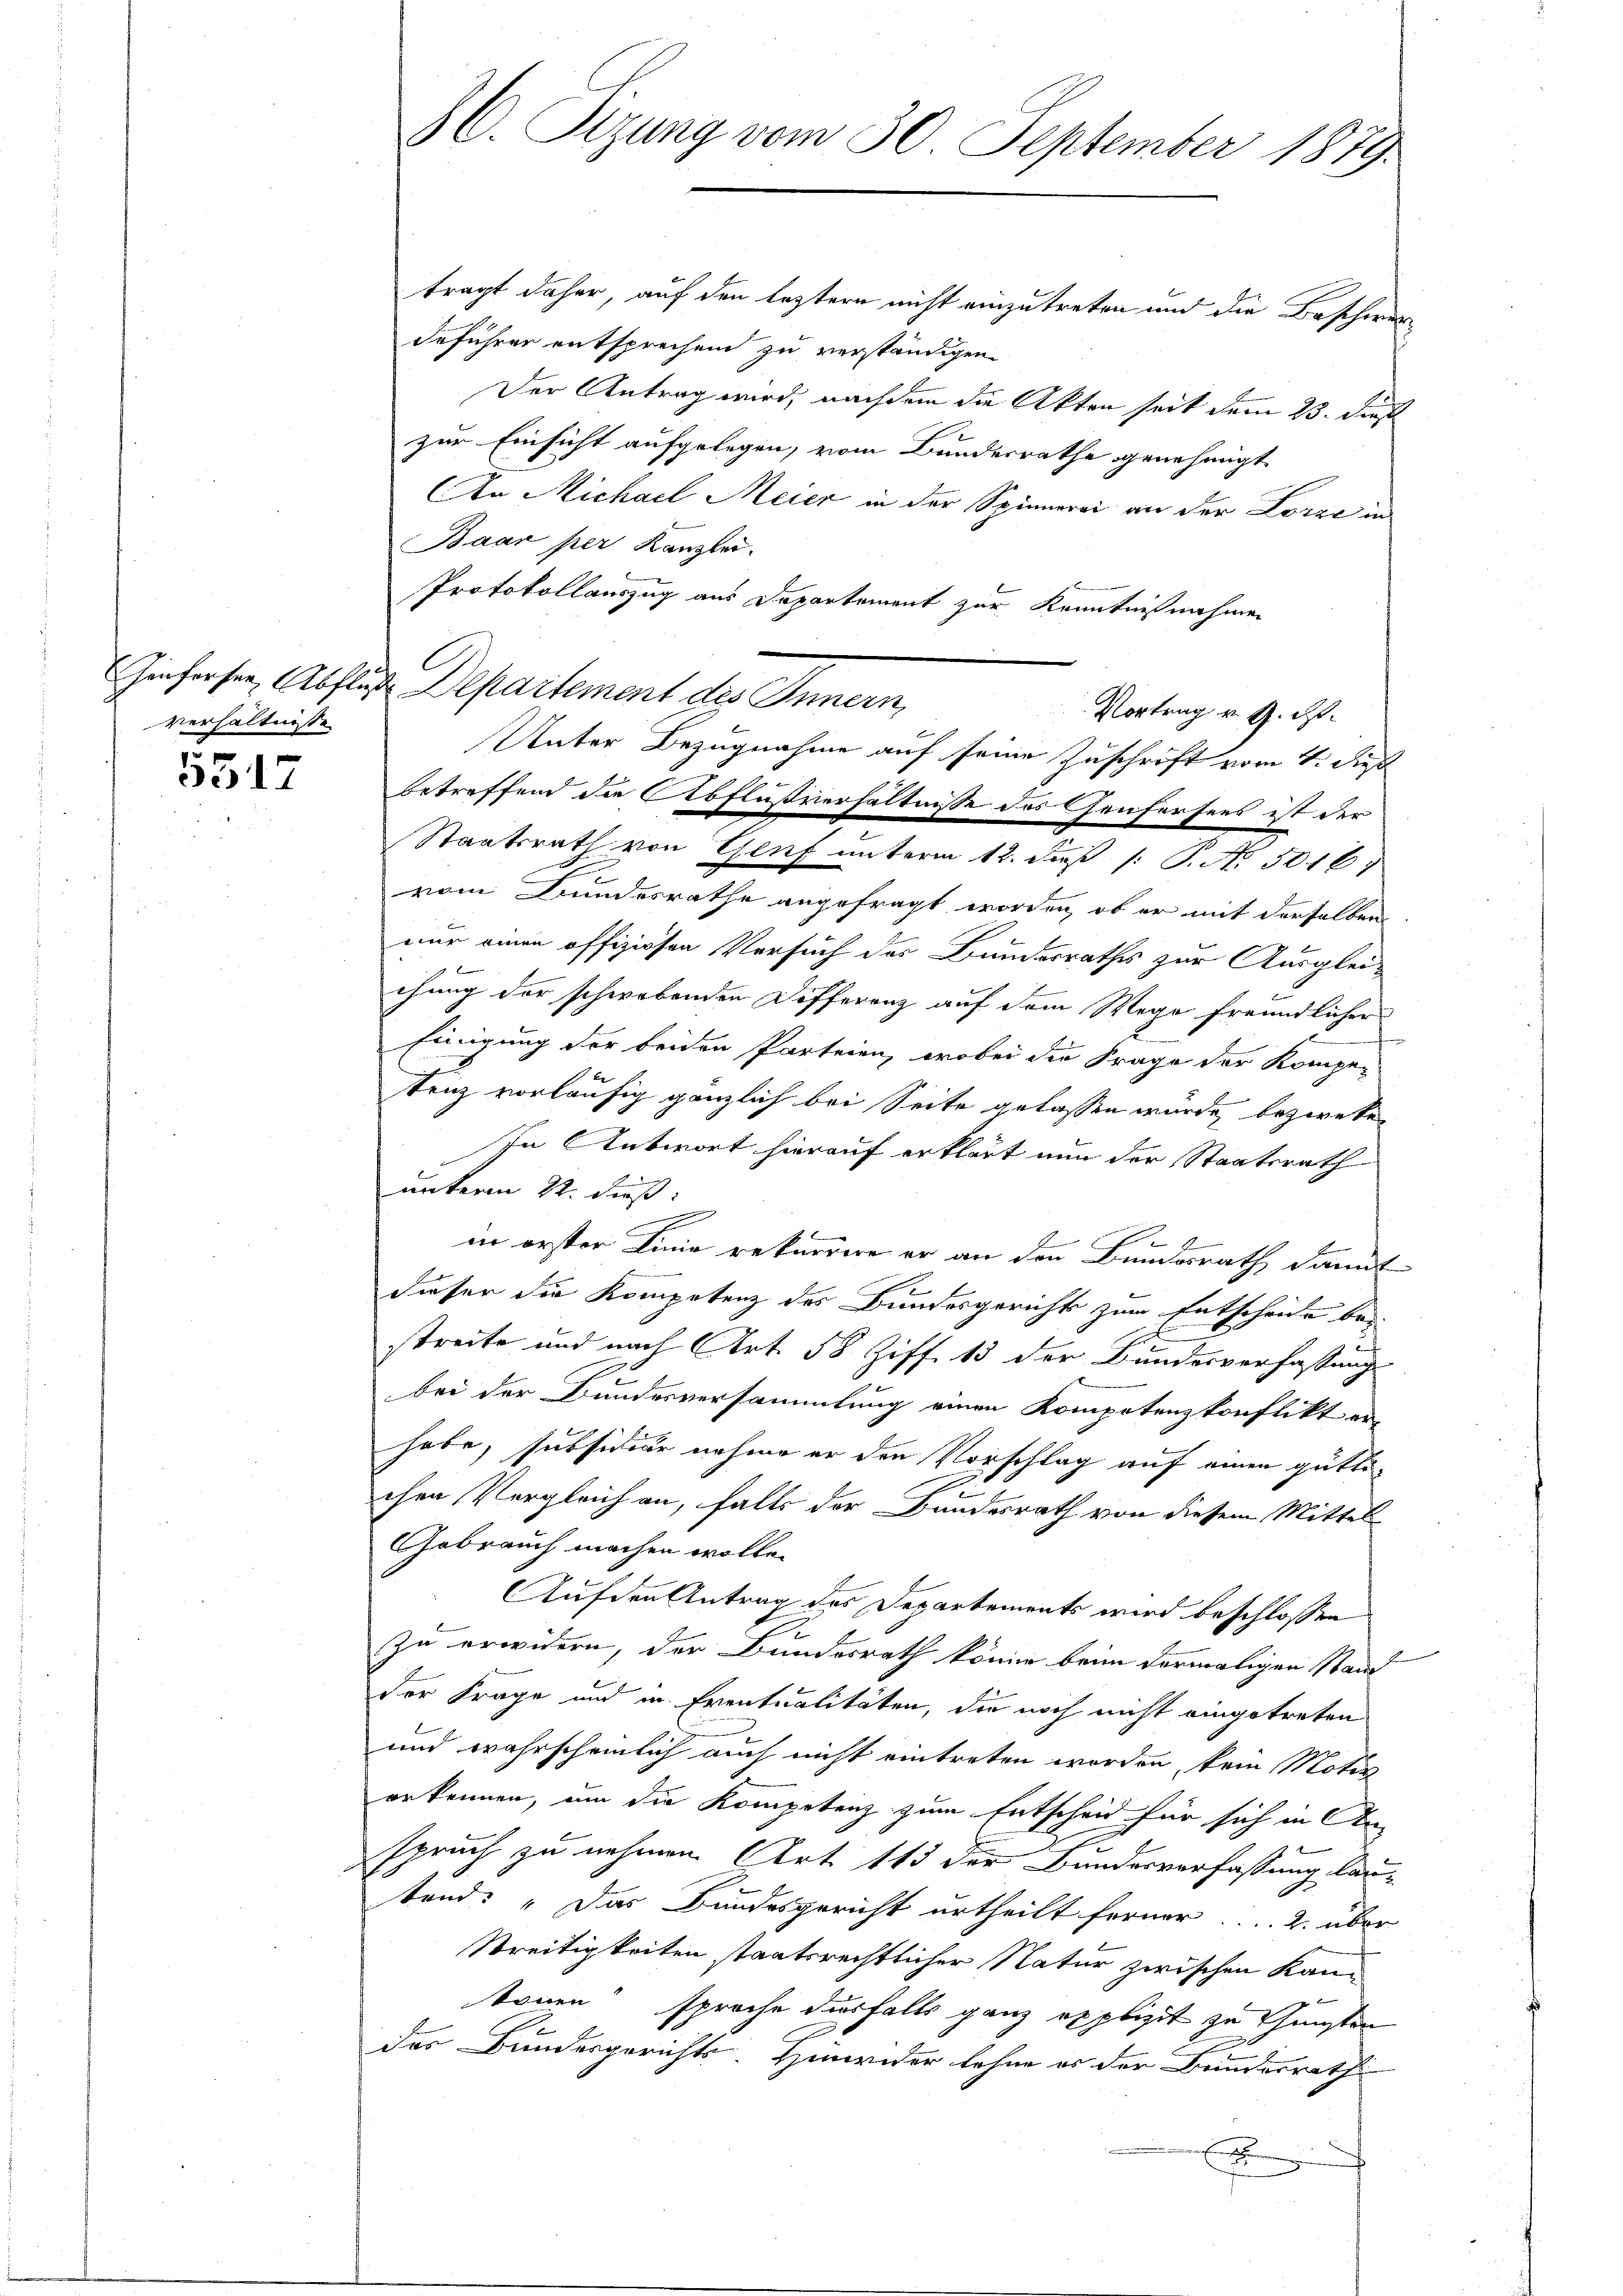
verhältnisse

5512

3. Sizung vom 30. September 1879.

tragt daher, auf den leztern nicht einzutreten und die Beschie
deführer entsprechen zu verständigen.
Der Antrag wird, nachdem die Akten seit dem 23. Dienst
zur Einsicht aufgelegen, vom Bundesrathe genehmigt
An Michael Meier in der Spinnerei an der Lorze in
Baar per Kanzlei.
Protokollauszug aus Departement zur Kenntnißnahmen
Genfersen, Abfluß Departement des Innern,
Vortrag v. 4. ds.
Unter Bezugnahme auf seine Zuschrift vom 4. dieß
betreffend die Abflußverhältnisse des Genferfens ist der
Staatsrath von Genf unterm 12. dieß (: P. No. 5016)
vom Bundesrathe angefragt worden, ob er mit derselben
nur einen offiziösen Versuch des Bundesrathes zur Ausgleix
chung der schwebenden Differenz auf dem Wege freundlicher
Einigung der beiden Parteien, wobei der Frage der Kompe-
tenz vorläufig gänzlich bei Seite gelassen wurde, bezwee
In Antwort hierauf erklärt nun der Staatsrath
unterm 22. dieß:
E
in erster Linie rekurrere er an den Bundesrath damit
dieser die Kompetenz des Bundesgerichts zum Entscheide bestreite und nach Art. 58 Ziff. 13 der Bundesverfassung
bei der Bundesversammlung einen Kompotenzkonflikt er-
habe, subsidiär nahme er den Vorschlag auf einen güttichen Vergleich an, falls der Bundesrath von diesem Mittel
Gebrauch machen wolle.
Auf den Antrag des Departements wird beschlossen
.
zu erwidern, der Bundesrath könne beim dermaligen Stand
Der Frage und in Eventualitäten, die noch nicht eingetreten
und wahrscheinlich auch nicht eintreten worden, kein Moti
erkennen, um die Kompetenz zum Entscheid für sich in An
spruch zu nehmen Art 113 der Bundesverfassung lautend: „Das Bundesgericht urtheilt ferner . . . 2. über
Streitigkeiten staatsrechtlicher Natur zwischen Kantönen“ sprache desfalls ganz explizit zu Gunsten
des Bundesgerichts Hinwider lehne es der Bundesrath

C